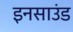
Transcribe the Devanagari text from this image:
इनसाउंड